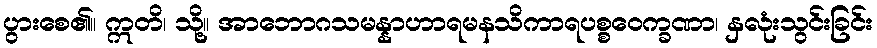
ပွားစေ၏။ ဣတိ၊ သို့။ အာဘောဂသမန္နာဟာရမနသိကာရပစ္စဝေက္ခဏာ၊ နှလုံးသွင်းခြင်း